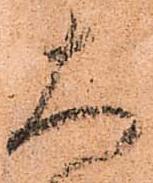
大